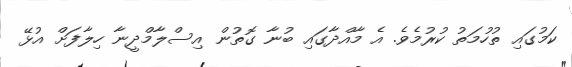
ކަމުގައި ތުހުމަތު ކުރުމެވެ. އެ މާއްދާގައި ބުނާ ގޮތުން އިސްލާމްދީނާ ހިލާފަށް އުޅޭ